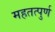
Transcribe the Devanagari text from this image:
महतत्पुर्ण